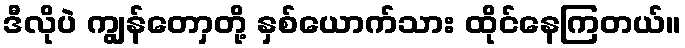
ဒီလိုပဲ ကျွန်တောှတို့ နှစ်ယောက်သား ထိုင်နေကြတယ်။